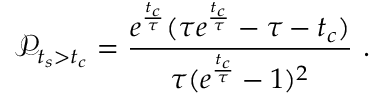
\mathscr { P } _ { t _ { s } > t _ { c } } = \frac { e ^ { \frac { t _ { c } } { \tau } } ( \tau e ^ { \frac { t _ { c } } { \tau } } - \tau - t _ { c } ) } { \tau ( e ^ { \frac { t _ { c } } { \tau } } - 1 ) ^ { 2 } } ~ .